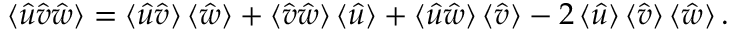
\mathinner { \langle { \hat { u } \hat { v } \hat { w } } \rangle } = \mathinner { \langle { \hat { u } \hat { v } } \rangle } \mathinner { \langle { \hat { w } } \rangle } + \mathinner { \langle { \hat { v } \hat { w } } \rangle } \mathinner { \langle { \hat { u } } \rangle } + \mathinner { \langle { \hat { u } \hat { w } } \rangle } \mathinner { \langle { \hat { v } } \rangle } - 2 \mathinner { \langle { \hat { u } } \rangle } \mathinner { \langle { \hat { v } } \rangle } \mathinner { \langle { \hat { w } } \rangle } .